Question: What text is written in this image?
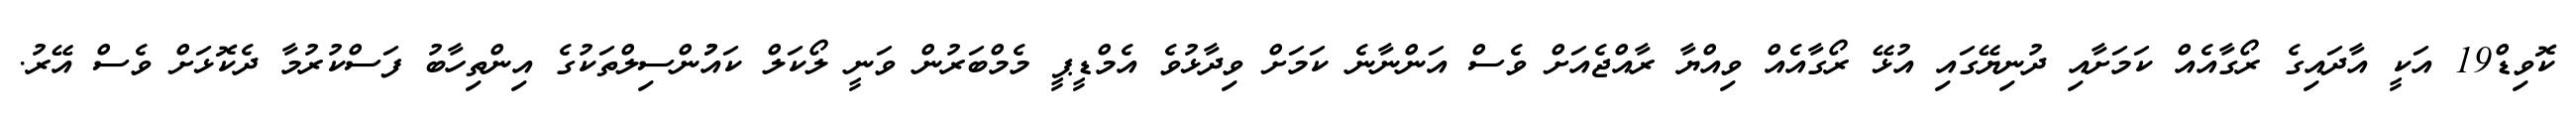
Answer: ކޮވިޑް19 އަކީ އާދައިގެ ރޯގާއެއް ކަމަށާއި ދުނިޔޭގައި އުޅޭ ރޯގާއެއް ވިއްޔާ ރާއްޖެއަށް ވެސް އަންނާނެ ކަމަށް ވިދާޅުވެ އެމްޑީޕީ މެމްބަރުން ވަނީ ލޯކަލް ކައުުންސިލްތަކުގެ އިންތިހާބު ފަސްކުރުމާ ދެކޮޅަށް ވެސް އޭރު.